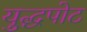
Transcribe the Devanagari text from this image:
युद्धपोट